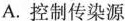
A.控制传染源